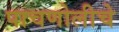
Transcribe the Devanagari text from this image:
पाचणोलीचे